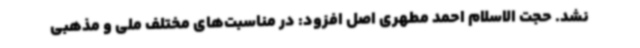
نشد. حجت الاسلام احمد مطهری اصل افزود: در مناسبت‌های مختلف ملی و مذهبی